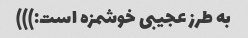
به طرز عجیبى خوشمزه است:)))